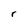
Character: r